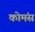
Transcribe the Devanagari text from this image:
कोमंस